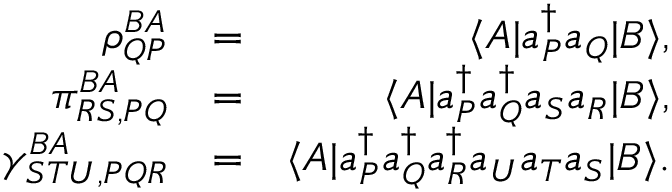
\begin{array} { r l r } { \rho _ { Q P } ^ { B A } } & { = } & { \langle A | a _ { P } ^ { \dagger } a _ { Q } | B \rangle , } \\ { \pi _ { R S , P Q } ^ { B A } } & { = } & { \langle A | a _ { P } ^ { \dagger } a _ { Q } ^ { \dagger } a _ { S } a _ { R } | B \rangle , } \\ { \gamma _ { S T U , P Q R } ^ { B A } } & { = } & { \langle A | a _ { P } ^ { \dagger } a _ { Q } ^ { \dagger } a _ { R } ^ { \dagger } a _ { U } a _ { T } a _ { S } | B \rangle . } \end{array}